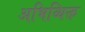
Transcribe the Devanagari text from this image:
अभिव्यिक्त